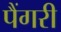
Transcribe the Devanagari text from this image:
पैंगरी